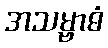
အသမ္ဗာဓံ